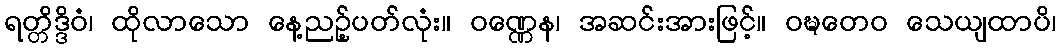
ရတ္တိဒ္ဒိဝံ၊ ထိုလာသော နေ့ညဉ့်ပတ်လုံး။ ဝဏ္ဏေန၊ အဆင်းအားဖြင့်။ ဝဍ္ဎတေဝ သေယျထာပိ၊